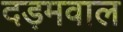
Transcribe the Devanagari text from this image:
दड़मवाल